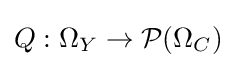
Q:\Omega _{Y}\to {\mathcal {P}}(\Omega _{C})